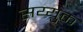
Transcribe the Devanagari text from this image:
सय्युक्त